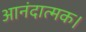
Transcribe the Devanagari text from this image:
आनंदात्मक।